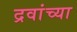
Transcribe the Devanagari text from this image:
द्रवांच्या